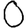
Digit: 0